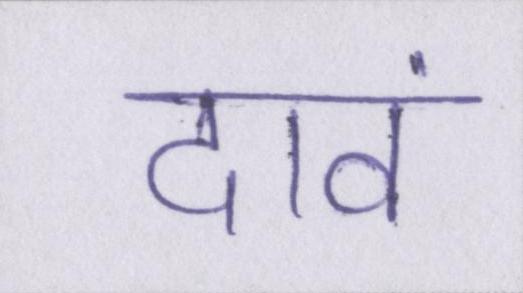
दावं